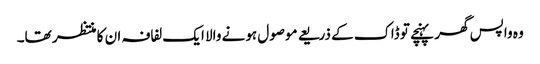
وہ واپس گھر پہنچے تو ڈاک کے ذریعے موصول ہونے والا ایک لفافہ ان کا منتظر تھا۔